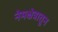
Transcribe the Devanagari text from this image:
नेमक्षेत्रातून